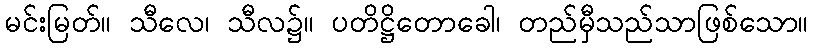
မင်းမြတ်။ သီလေ၊ သီလ၌။ ပတိဋ္ဌိတောခေါ၊ တည်မှီသည်သာဖြစ်သော။